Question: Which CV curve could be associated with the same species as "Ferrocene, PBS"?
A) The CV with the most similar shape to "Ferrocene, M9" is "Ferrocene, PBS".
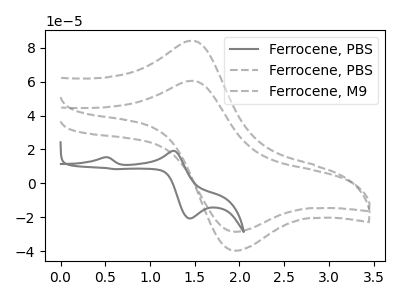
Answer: <think>The gray curve "Ferrocene, PBS" has anodic peaks at (0.50V, 15.40uA) (1.25V, 19.20uA) and cathodic peaks at (1.45V, -20.70uA) (0.60V, 8.40uA). The gray dashed curve "Ferrocene, PBS" has an anodic peak at (1.50V, 84.25uA) and a cathodic peak at (2.00V, -39.60uA). The gray dashed curve "Ferrocene, M9" has an anodic peak at (1.50V, 60.55uA) and a cathodic peak at (2.00V, -28.50uA).
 "Ferrocene, PBS" and "Ferrocene, PBS" have a different number of peaks. "Ferrocene, PBS" and "Ferrocene, M9" have a different number of peaks. All the peaks in "Ferrocene, PBS" have a peak in "Ferrocene, M9" at the same potential. Every peak in "Ferrocene, PBS" is higher than every peak in "Ferrocene, M9".</think>
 <answer>A) The CV with the most similar shape to "Ferrocene, M9" is "Ferrocene, PBS".</answer>
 <eval>A</eval>